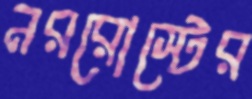
নররোস্টের